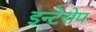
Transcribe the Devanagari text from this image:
इन्टेरोप